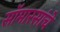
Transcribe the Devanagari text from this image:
सॉमारसांचे